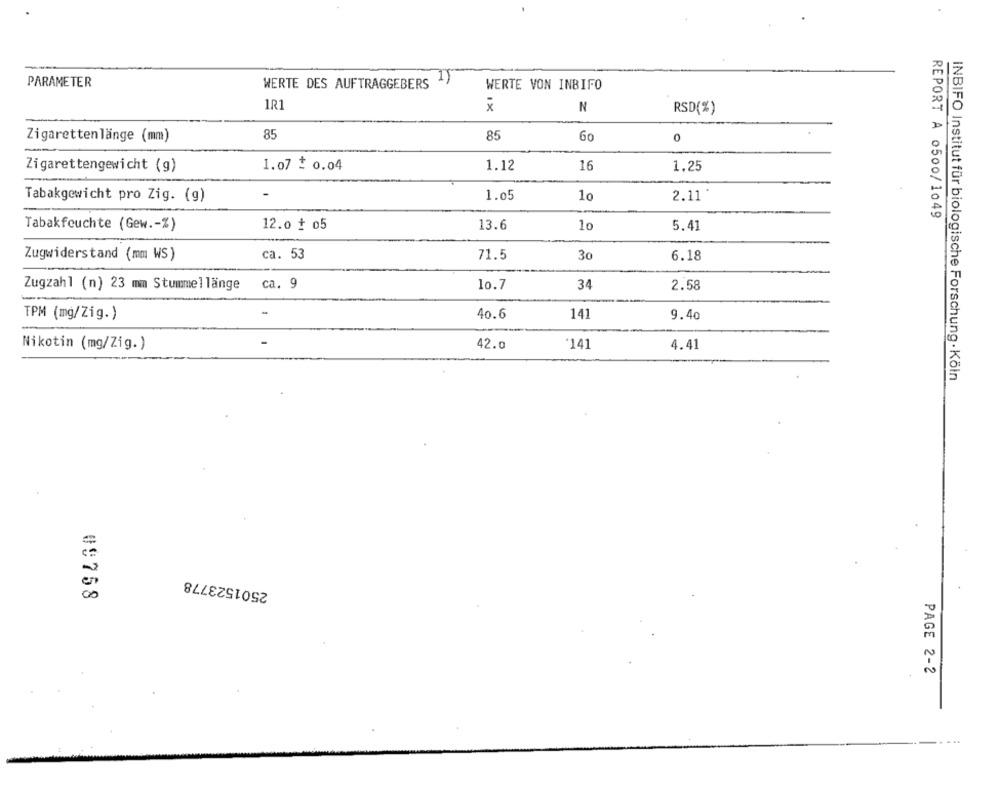
PARAMETER
WERTE DES AUFTRAGGEBERS
WERTE VON INBIFO
1R1
x
N
RSD(%)
85
Zigarettenlänge (mm)
85
60
0
1.07 $ 0.04
1.12
16
Zigarettengewicht (g)
1.25
-
1.05
10
2.11
Tabakgewicht pro Zig. (g)
REPORT A 0500/1049
Tabakfeuchte (Gew .- %)
12.0 # 05
13.6
10
5.41
Zugwiderstand (mm WS)
ca. 53
71.5
30
6.18
10.7
Zugzahl (n) 23 mm Stummellänge
ca. 9
34
2.58
-
TPM (mg/Zig.)
40.6
141
9.40
Nikotin (mg/Zig.)
42.0
'141
4.41
INBIFO Institut für biologische Forschung · Köln
2501523778
00758
PAGE 2-2
....